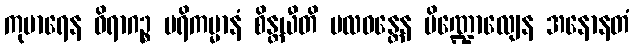
ကုမာရေန ဝိရာဂဉ္စ ပရိကမ္မာနံ စိန္တယီတိ ဗလဝန္တေန ပိဏ္ဍောလျေန အနောနတံ